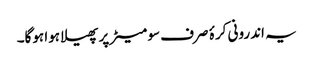
یہ اندرونی کرۂ صرف سو میٹر پر پھیلا ہوا ہوگا۔